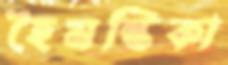
হৈমন্তিকা